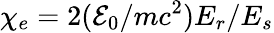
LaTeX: \chi_{e}=2(\mathcal{E}_{0}/mc^{2})E_{r}/E_{s}